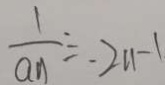
\frac { 1 } { a _ { n } } = 2 n - 1